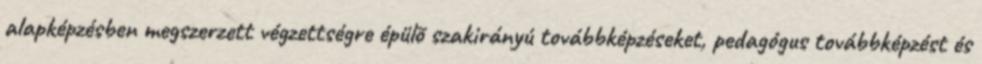
alapképzésben megszerzett végzettségre épülõ szakirányú továbbképzéseket, pedagógus továbbképzést és